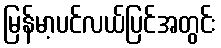
မြန်မာ့ပင်လယ်ပြင်အတွင်း